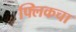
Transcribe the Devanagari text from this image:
फ्लिकचा